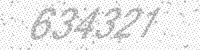
Solution: 634321